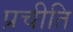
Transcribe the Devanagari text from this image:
प्रचीति